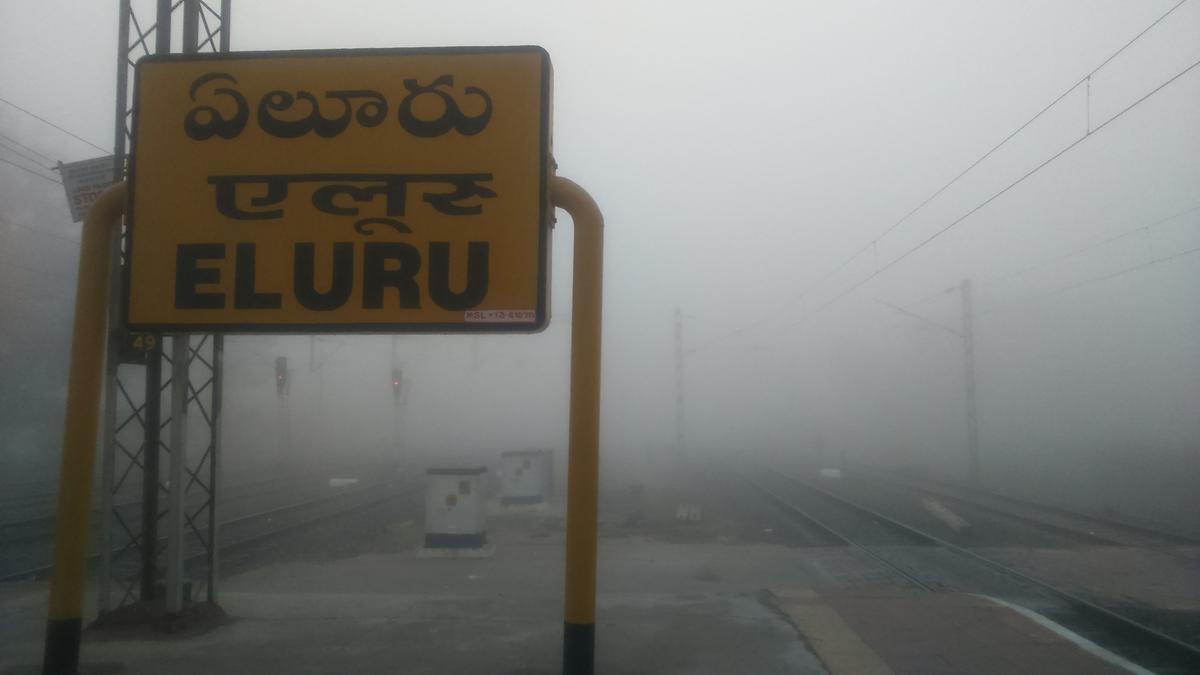
Language: telugu
Transcription: ఏలూరు